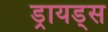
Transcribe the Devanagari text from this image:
ड्रायड्स